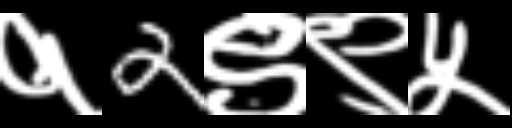
Text: १2९९५